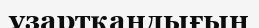
ұзартқандығын